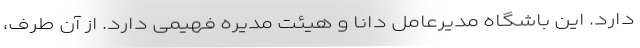
دارد. این باشگاه مدیرعامل دانا و هیئت مدیره فهیمی دارد. از آن طرف،